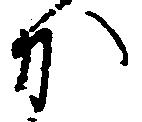
か